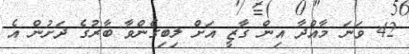
42 ވަނަ މާއްދާ އިން ގާޒީ އަށް ލިބިގެންވާ ބާރުގެ ދަށުން އެ